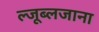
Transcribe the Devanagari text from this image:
ल्जूब्लजाना